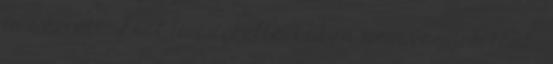
is szereti. Liát is szerette. Ebben nem vagyok több,